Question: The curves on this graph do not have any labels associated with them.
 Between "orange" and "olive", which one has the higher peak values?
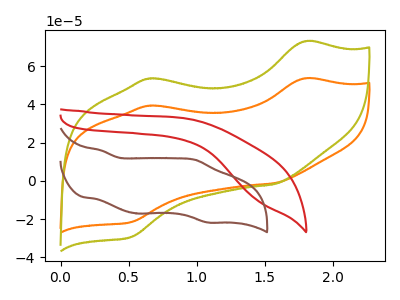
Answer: <think>The orange curve "orange" has anodic peaks at (1.80V, 53.50uA) (0.65V, 39.25uA) and cathodic peaks at (1.55V, -1.30uA) (0.50V, -21.65uA). The olive curve "olive" has anodic peaks at (1.80V, 72.85uA) (0.65V, 53.45uA) and cathodic peaks at (1.55V, -1.75uA) (0.50V, -29.45uA). The red curve "red" has no peaks. The brown curve "brown" has anodic peaks at (0.30V, 15.90uA) (1.00V, 10.95uA) and cathodic peaks at (0.55V, -17.10uA) (1.10V, -21.75uA).</think>
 <answer>Every peak in "orange" is lower than every peak in "olive".</answer>
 <eval>lower</eval>